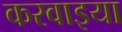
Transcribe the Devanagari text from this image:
करवाइया